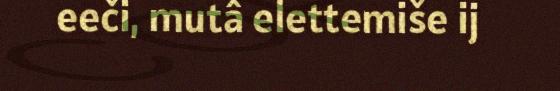
eeči, mutâ elettemiše ij